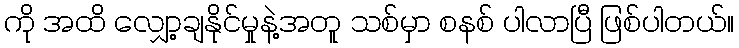
ကို အထိ လျှော့ချနိုင်မှုနဲ့အတူ သစ်မှာ စနစ် ပါလာပြီ ဖြစ်ပါတယ်။